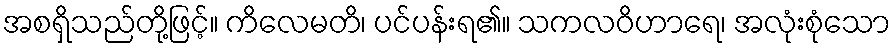
အစရှိသည်တို့ဖြင့်။ ကိလေမတိ၊ ပင်ပန်းရ၏။ သကလဝိဟာရေ၊ အလုံးစုံသော